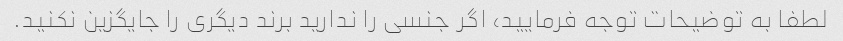
لطفا به توضیحات توجه فرمایید، اگر جنسی را ندارید برند دیگری را جایگزین نکنید.